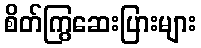
စိတ်ကြွဆေးပြားများ